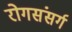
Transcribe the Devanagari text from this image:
रोगसंसर्ग